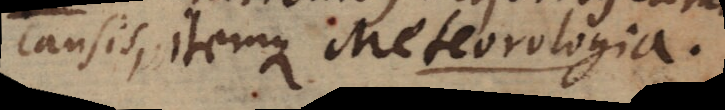
causis, itemque Meteorologia.